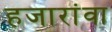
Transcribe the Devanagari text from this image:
हजारांवा